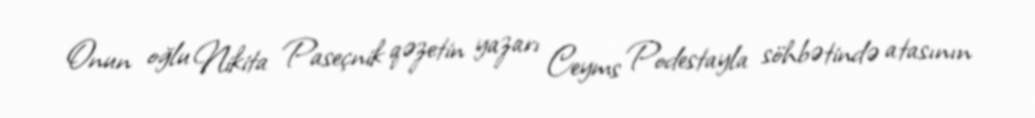
Onun oğlu Nikita Paseçnik qəzetin yazarı Ceyms Podestayla söhbətində atasının